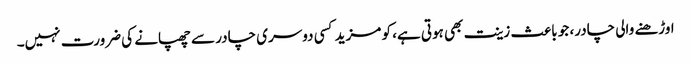
اوڑھنے والی چادر، جو باعث زینت بھی ہوتی ہے، کو مزید کسی دوسری چادر سے چھپانے کی ضرورت نہیں۔